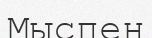
Мыспен